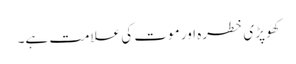
کھوپڑی خطرہ اور موت کی علامت ہے۔